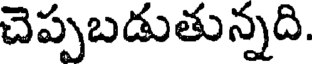
చెప్పబడుతున్నది.